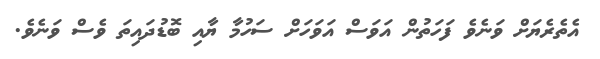
އެތެރެޔަށް ވަނެވެ ފަހަތުން އަވަސް އަވަހަށް ސަހުމާ ޔާއި ބޮޑުދައިތަ ވެސް ވަނެވެ.